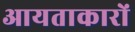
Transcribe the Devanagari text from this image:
आयताकारों